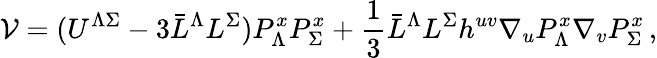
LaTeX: {\cal V}=(U^{\Lambda\Sigma}-3\bar{L}^{\Lambda}L^{\Sigma})P_{\Lambda}^{x}P_{\Sigma}^{x}+\frac 13\bar{L}^{\Lambda}L^{\Sigma}h^{uv}\nabla_{u}P_{\Lambda}^{x}\nabla_{v}P_{\Sigma}^{x}\, ,